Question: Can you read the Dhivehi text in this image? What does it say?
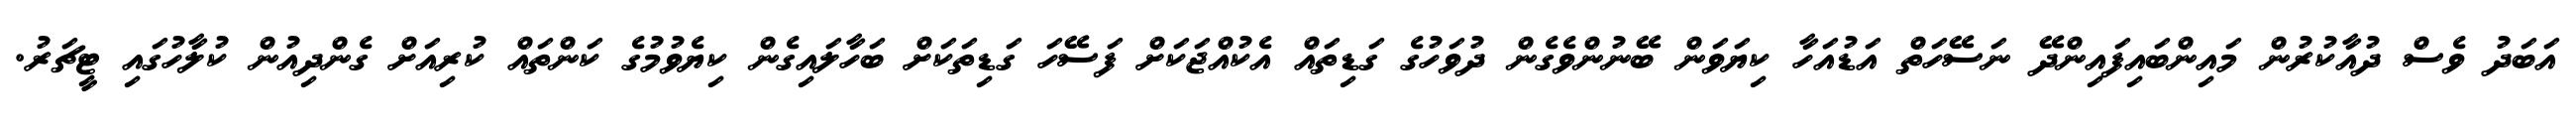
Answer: އަބަދު ވެސް ދުއާކުރުން މައިންބައިފައިންދޭ ނަސޭހަތް އަޑުއަހާ ކިޔަވަން ބޭނުންވެގެން ދުވަހުގެ ގަޑިތައް އެކުއްޖަކަށް ފަސޭހަ ގަޑިތަކަށް ބަހާލައިގެން ކިޔެވުމުގެ ކަންތައް ކުރިއަށް ގެންދިއުން ކުލާހުގައި ޓީޗަރު.